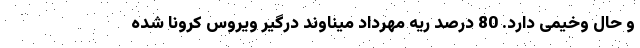
و حال وخیمی دارد. 80 درصد ریه مهرداد میناوند درگیر ویروس کرونا شده